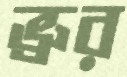
ভ্রুর